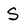
Character: S